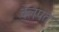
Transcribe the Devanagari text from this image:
बेलपत